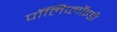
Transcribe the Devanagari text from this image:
पॉलिप्लॉइडी